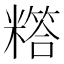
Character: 𬖸